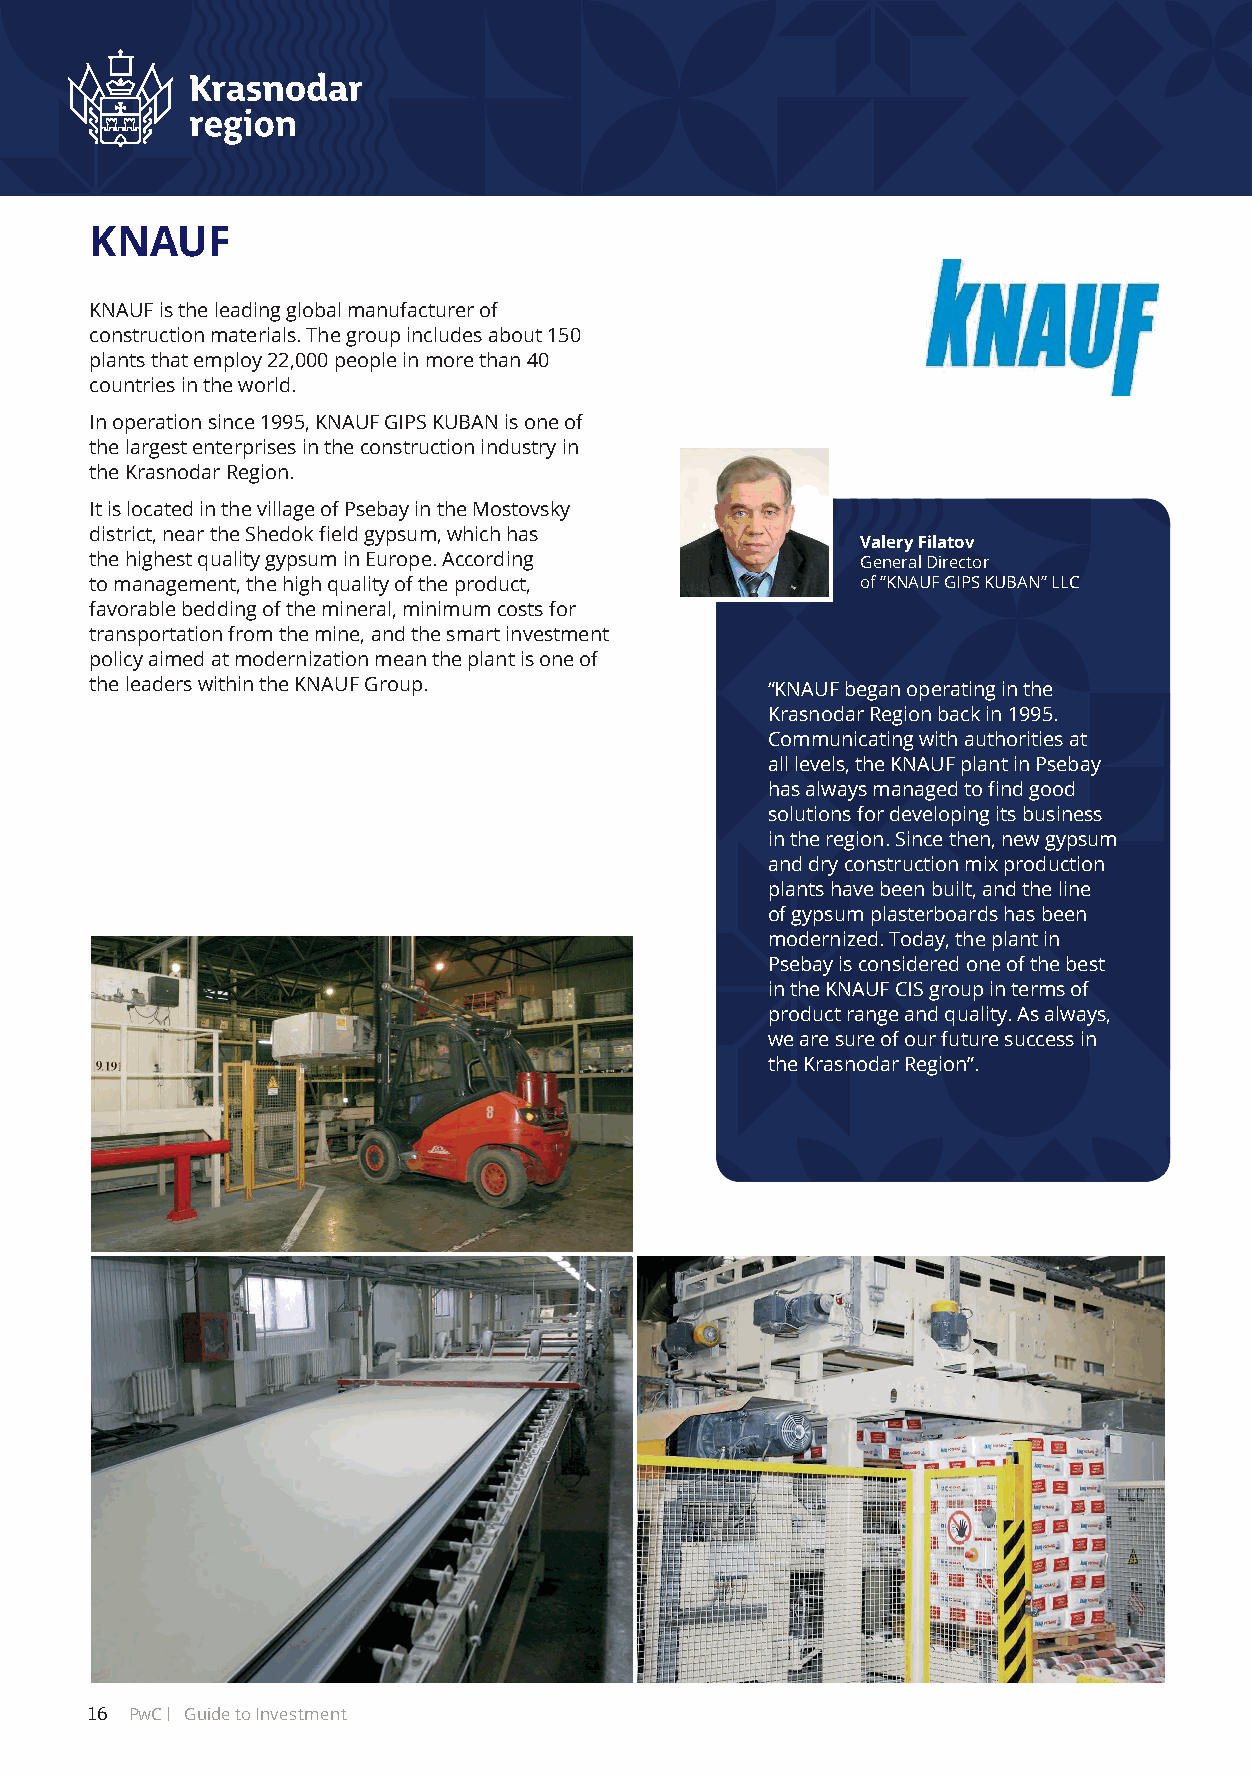
KNAUF
 KNAUF is the leading global manufacturer of
 construction materials. The group includes about 150
 plants that employ 22,000 people in more than 40
 countries in the world.
 In operation since 1995, KNAUF GIPS KUBAN is one of
 the largest enterprises in the construction industry in
 the Krasnodar Region.
 It is located in the village of Psebay in the Mostovsky
 district, near the Shedok field gypsum, which has
 Valery Filatov
 the highest quality gypsum in Europe. According    General Director
 to management, the high quality of the product,    of “KNAUF GIPS KUBAN” LLC
 favorable bedding of the mineral, minimum costs for
 transportation from the mine, and the smart investment
 policy aimed at modernization mean the plant is one of
 the leaders within the KNAUF Group.          “KNAUF began operating in the
 Krasnodar Region back in 1995.
 Communicating with authorities at
 all levels, the KNAUF plant in Psebay
 has always managed to find good
 solutions for developing its business
 in the region. Since then, new gypsum
 and dry construction mix production
 plants have been built, and the line
 of gypsum plasterboards has been
 modernized. Today, the plant in
 Psebay is considered one of the best
 in the KNAUF CIS group in terms of
 product range and quality. As always,
 we are sure of our future success in
 the Krasnodar Region”.
 16 PwC Guide to Investment